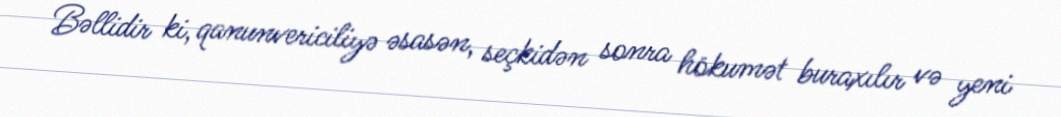
Bəllidir ki, qanunvericiliyə əsasən, seçkidən sonra hökumət buraxılır və yeni